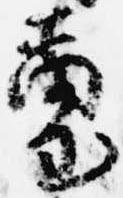
璽